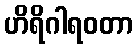
ဟိရိဂါရဝတာ